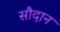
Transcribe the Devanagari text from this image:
सौदान